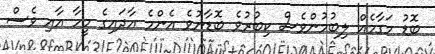
ބޮޑު މަގާމެއް ލިބުމުންވެސް ކިބުރުވެ ބޮޑާނުވެ އެންމެ އާދައިގެ މީހާ އާއި ވެސް